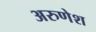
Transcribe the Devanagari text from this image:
अरुणेश